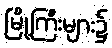
မြို့ကြီးများ၌